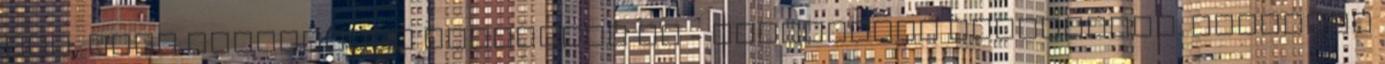
azt, hogy különleges bármelyik is - válaszolom egyszerűen. Továbbra